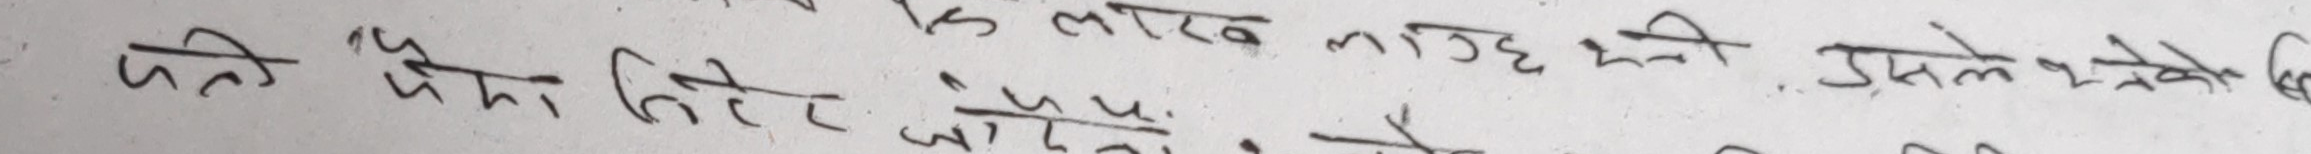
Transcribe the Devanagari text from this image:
पति "पैसा लिने चाहिएगा।" उसने ये तो कि